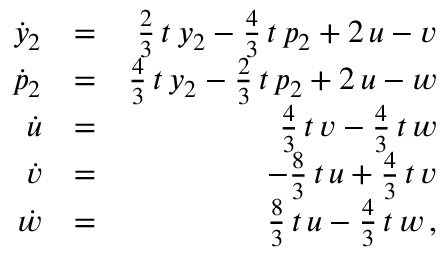
\begin{array} { r l r } { \dot { y } _ { 2 } } & { = } & { \frac { 2 } { 3 } \, t \, y _ { 2 } - \frac { 4 } { 3 } \, t \, p _ { 2 } + 2 \, u - v } \\ { \dot { p } _ { 2 } } & { = } & { \frac { 4 } { 3 } \, t \, y _ { 2 } - \frac { 2 } { 3 } \, t \, p _ { 2 } + 2 \, u - w } \\ { \dot { u } } & { = } & { \frac { 4 } { 3 } \, t \, v - \frac { 4 } { 3 } \, t \, w } \\ { \dot { v } } & { = } & { - \frac { 8 } { 3 } \, t \, u + \frac { 4 } { 3 } \, t \, v } \\ { \dot { w } } & { = } & { \frac { 8 } { 3 } \, t \, u - \frac { 4 } { 3 } \, t \, w \, , } \end{array}